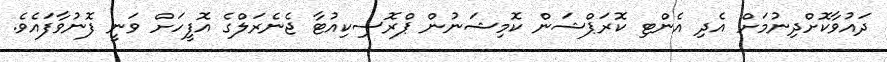
ދައުވާކޮށްދިނުމަށް އެދި އެންޓި ކޮރަޕްޝަން ކޮމިޝަނުން ޕްރޮސިކިއުޓާ ޖެނެރަލްގެ އޮފީހަށް ވަނީ ފޮނުވާފައެވެ.